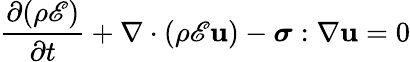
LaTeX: \frac{\partial(\rho\mathscr{E})}{\partial t}+\nabla\cdot(\rho\mathscr{E}\mathbf{u})-\boldsymbol\sigma:\nabla\mathbf{u}=0